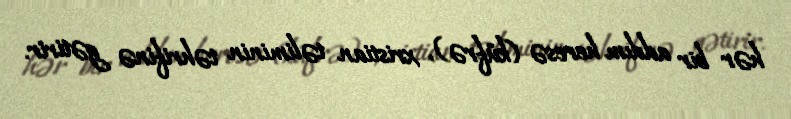
hər bir addım heresə (küfrə), xristian təliminin təhrifinə gətirir.